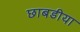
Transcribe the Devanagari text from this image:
छाबडीया